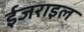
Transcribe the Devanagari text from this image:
ईजराइल